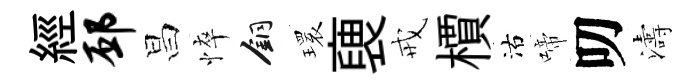
經邳昌悴銅𤨔褏戒檟沽啼叨濤